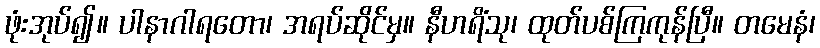
ဖုံးအုပ်၍။ ပါနာဂါရတော၊ အရပ်ဆိုင်မှ။ နီဟရိံသု၊ ထုတ်ပစ်ကြကုန်ပြီ။ တမေနံ၊